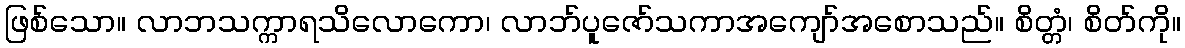
ဖြစ်သော။ လာဘသက္ကာရသိလောကော၊ လာဘ်ပူဇော်သကာအကျော်အစောသည်။ စိတ္တံ၊ စိတ်ကို။